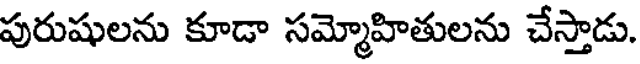
పురుషులను కూడా సమ్మోహితులను చేస్తాడు.